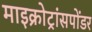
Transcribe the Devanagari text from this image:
माइक्रोट्रांसपोंडर